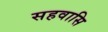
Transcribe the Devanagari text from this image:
सहवासि